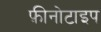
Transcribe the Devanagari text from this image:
फ़ीनोटाइप